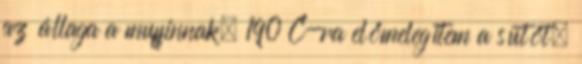
az állaga a muffinnak. 190 C-ra előmelegítem a sütőt.